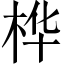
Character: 桦